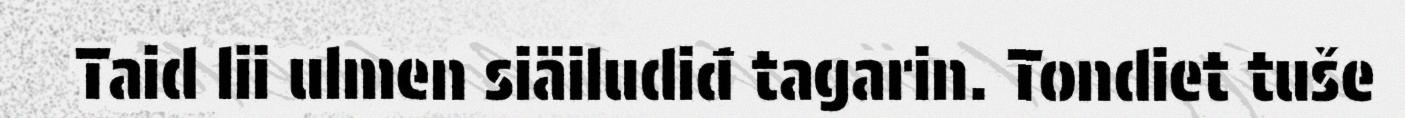
Taid lii ulmen siäiludiđ tagarin. Tondiet tuše